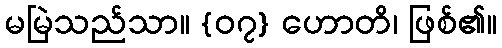
မမြဲသည်သာ။ {၀၇} ဟောတိ၊ ဖြစ်၏။